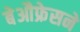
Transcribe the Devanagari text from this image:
बेऔफ्रेसने